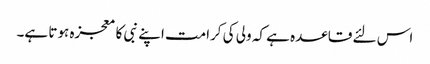
اس لئے قاعدہ ہے کہ ولی کی کرامت اپنے نبی کا معجزہ ہوتا ہے۔